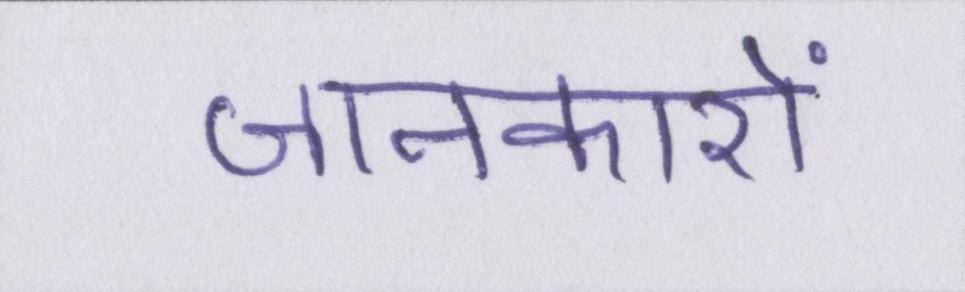
जानकारों